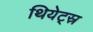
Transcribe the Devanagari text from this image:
थियेट्स्र